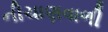
નીચાણવાળી